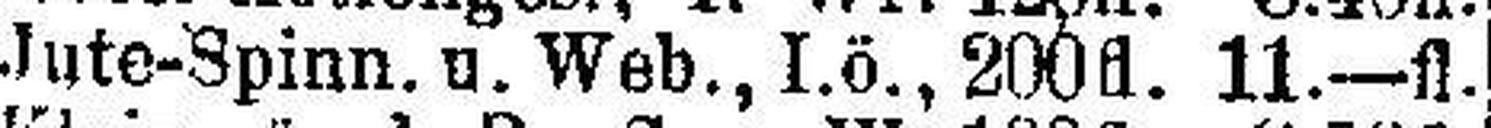
Jute-Spinn. u. Web., I.ö., 200fl. 11.—fl.